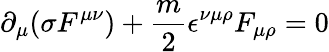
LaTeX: \partial_{\mu}(\sigma F^{\mu\nu})+\frac{m}{2}\epsilon^{\nu\mu\rho}F_{\mu\rho}=0